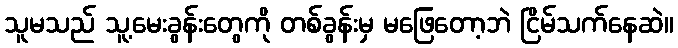
သူမသည် သူ့မေးခွန်းတွေကို တစ်ခွန်းမှ မဖြေတော့ဘဲ ငြိမ်သက်နေဆဲ။